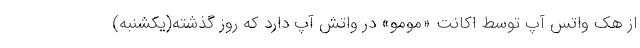
از هک واتس آپ توسط اکانت «مومو» در واتش آپ دارد که روز گذشته(یکشنبه)